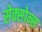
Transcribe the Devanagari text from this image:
सेक्सोन्स